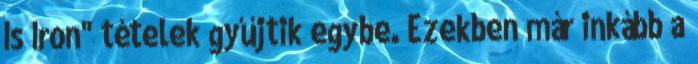
Is Iron" tételek gyűjtik egybe. Ezekben már inkább a